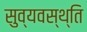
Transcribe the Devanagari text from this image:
सुव्यवस्थ्ति